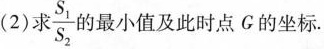
(2)求 $$\frac {S _ {1} } { S _ {2} }$$ 的最小值及此时点G的坐标.